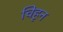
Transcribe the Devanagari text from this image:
चिहृन